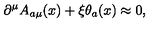
\partial ^ { \mu } A _ { a \mu } ( x ) + \xi \theta _ { a } ( x ) \approx 0 ,